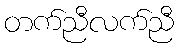
တက်ညီလက်ညီ